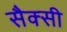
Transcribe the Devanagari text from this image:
सैक्सी